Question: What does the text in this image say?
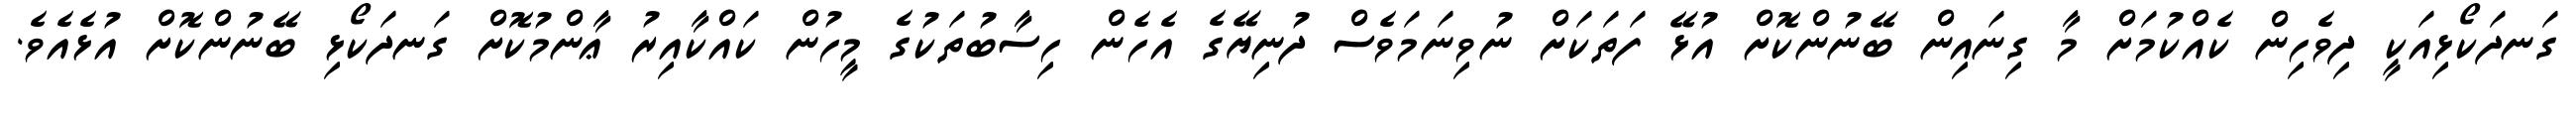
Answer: ގަނދަކޯޅިއަކީ ދިވެހިން ކެއްކުމަށް މާ ގިނައިން ބޭނުންކޮށް އުޅޭ ފަތަކަށް ނުވިނަމަވެސް ދުނިޔޭގެ އެހެން ހިސާބުތަކުގެ މީހުން ކައްކާއިރު ޢާންމުކޮށް ގަނދަކޯޅި ބޭނުންކޮށް އުޅެއެވެ.